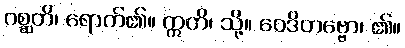
ဂစ္ဆတိ၊ ရောက်၏။ ဣတိ၊ သို့။ ဝေဒိတဗ္ဗော၊ ၏။